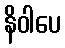
နိဝါပေ